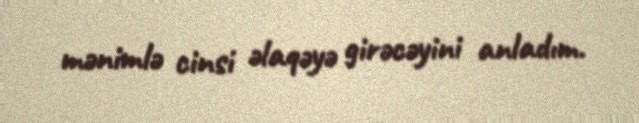
mənimlə cinsi əlaqəyə girəcəyini anladım.